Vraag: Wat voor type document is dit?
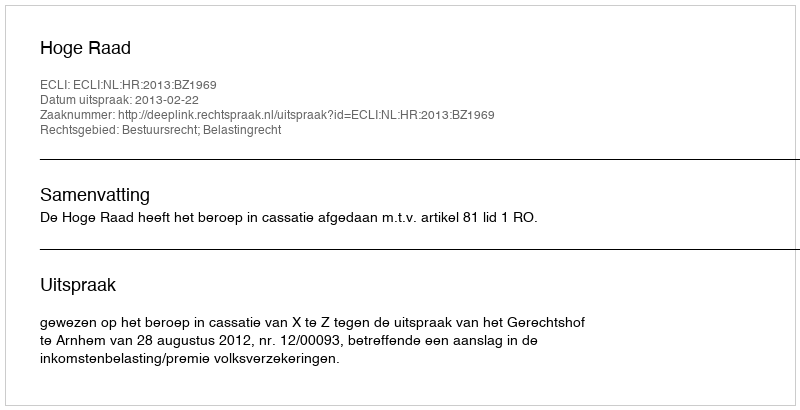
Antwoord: Uitspraak